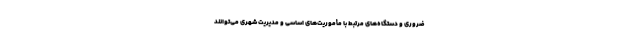
ضروری و دستگاه‌های مرتبط با مأموریت‌های اساسی و مدیریت شهری می‌توانند